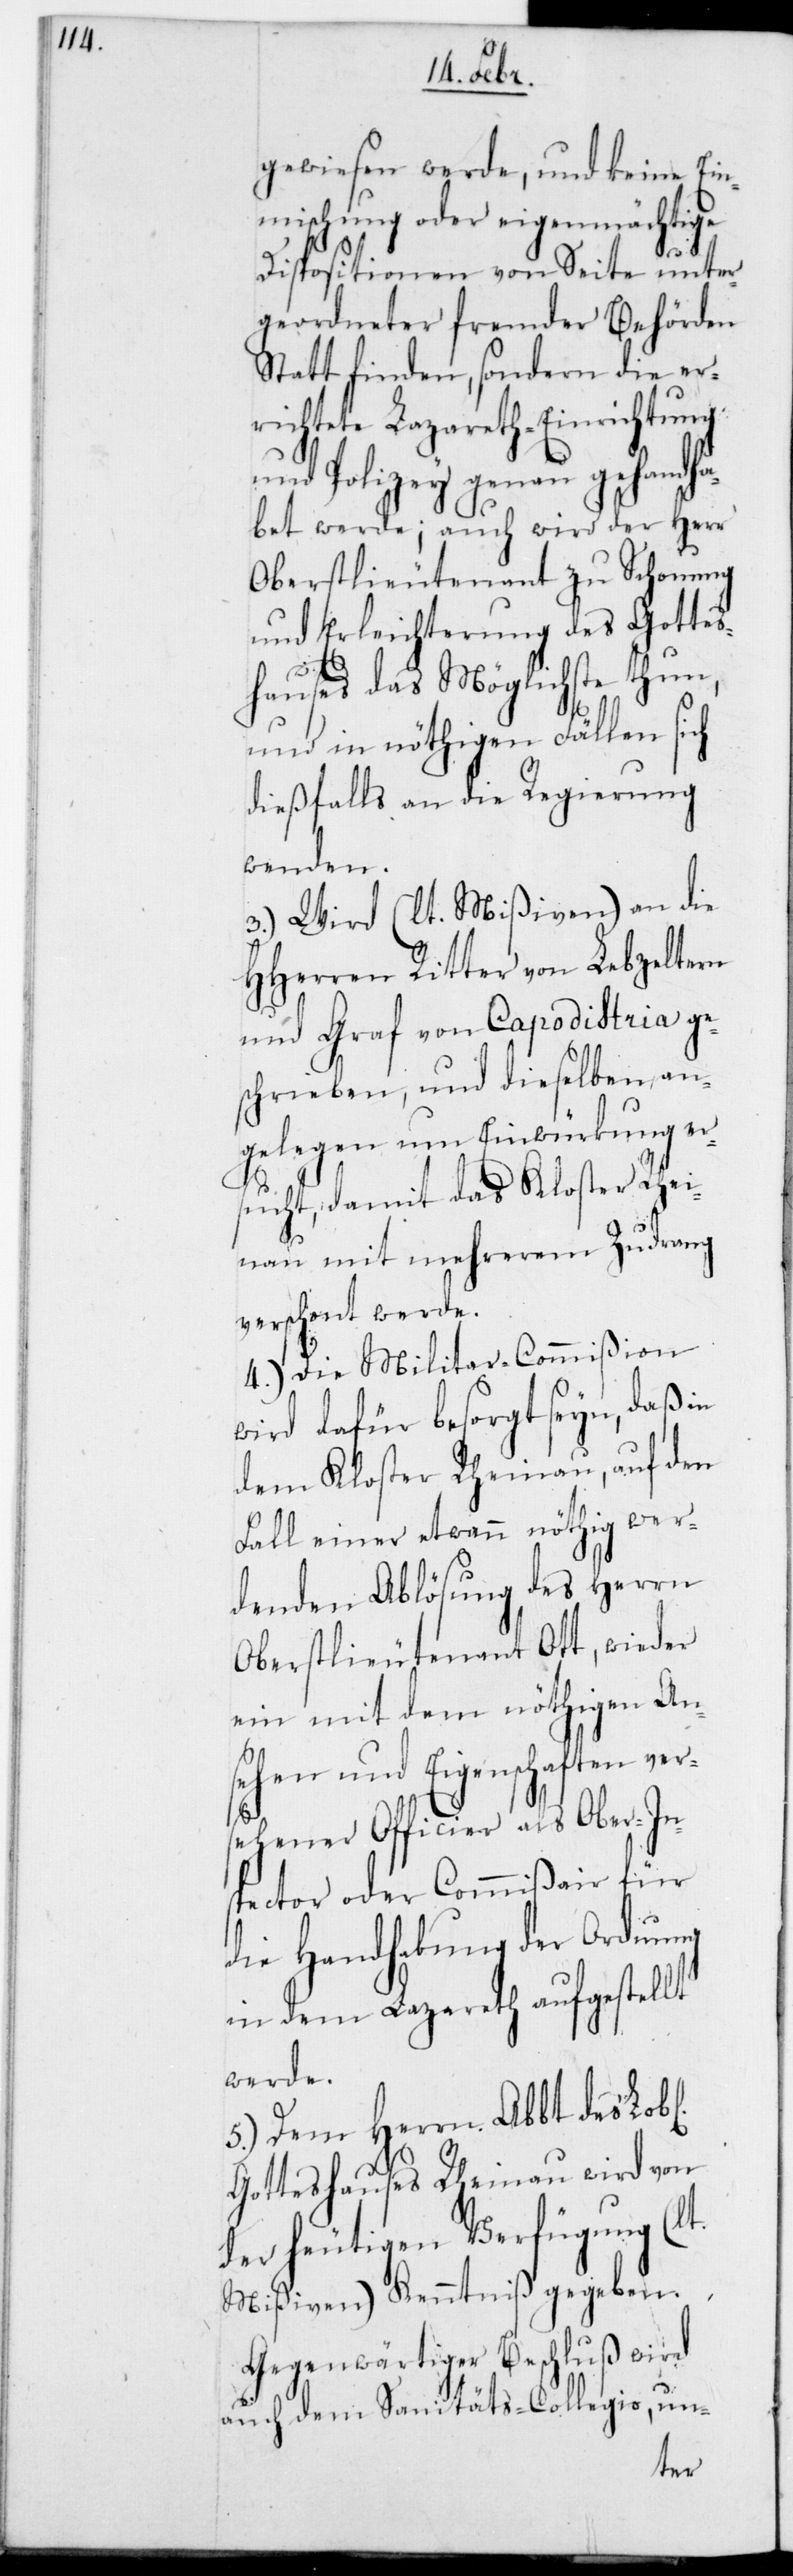
gewiesen werde, und keine Ein¬
mischung oder eigenmächtige
Dispositionen von Seite unter¬
geordneter fremder Behörden
stattfinden, sondern die er¬
richtete Lazareth-Einrichtung
und Polizey genau gehandha¬
bet werde; auch wird der Herr
Oberstlieutenant zu Schonung
und Erleichterung des Gottes¬
hauses das Möglichste thun,
und in nöthigen Fällen sich
dießfalls an die Regierung
wenden.
3.) Wird (lt. Mißiven) an die
HHerren Ritter von Lebzeltern
und Graf von Capodistria ge¬
schrieben, und dieselben an¬
gelegen um Einwürkung er¬
sucht, damit das Kloster Rhei¬
nau mit mehrerem Zudrang
verschont werde.
4.) Die Militar-Commißion
wird dafür besorgt seyn, daß in
dem Kloster Rheinau, auf den
Fall einer etwann nöthig wer¬
denden Ablösung des Herrn
Oberstlieutenant Ott, wieder
ein mit dem nöthigen An¬
sehen und Eigenschaften vers¬
ehener Officier als Oberin¬
spector oder Commißair für
die Handhabung der Ordnung
in dem Lazareth aufgestellt
werde.
5.) Dem Herrn Abbt des L.
Gotteshauses Rheinau wird von
der heutigen Verfügung
Mißiven) Kenntniß gegeben.
Gegenwärtiger Beschluß wird
auch dem Sanitäts-Collegio un-